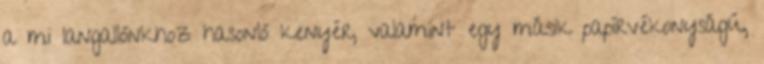
a mi langallónkhoz hasonló kenyér, valamint egy másik papírvékonyságú,